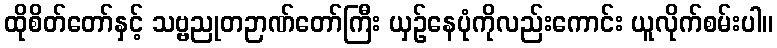
ထိုစိတ်တော်နှင့် သဗ္ဗညုတဉာဏ်တော်ကြီး ယှဉ်နေပုံကိုလည်းကောင်း ယူလိုက်စမ်းပါ။